Voisiku_vallavalitsus, lk 34
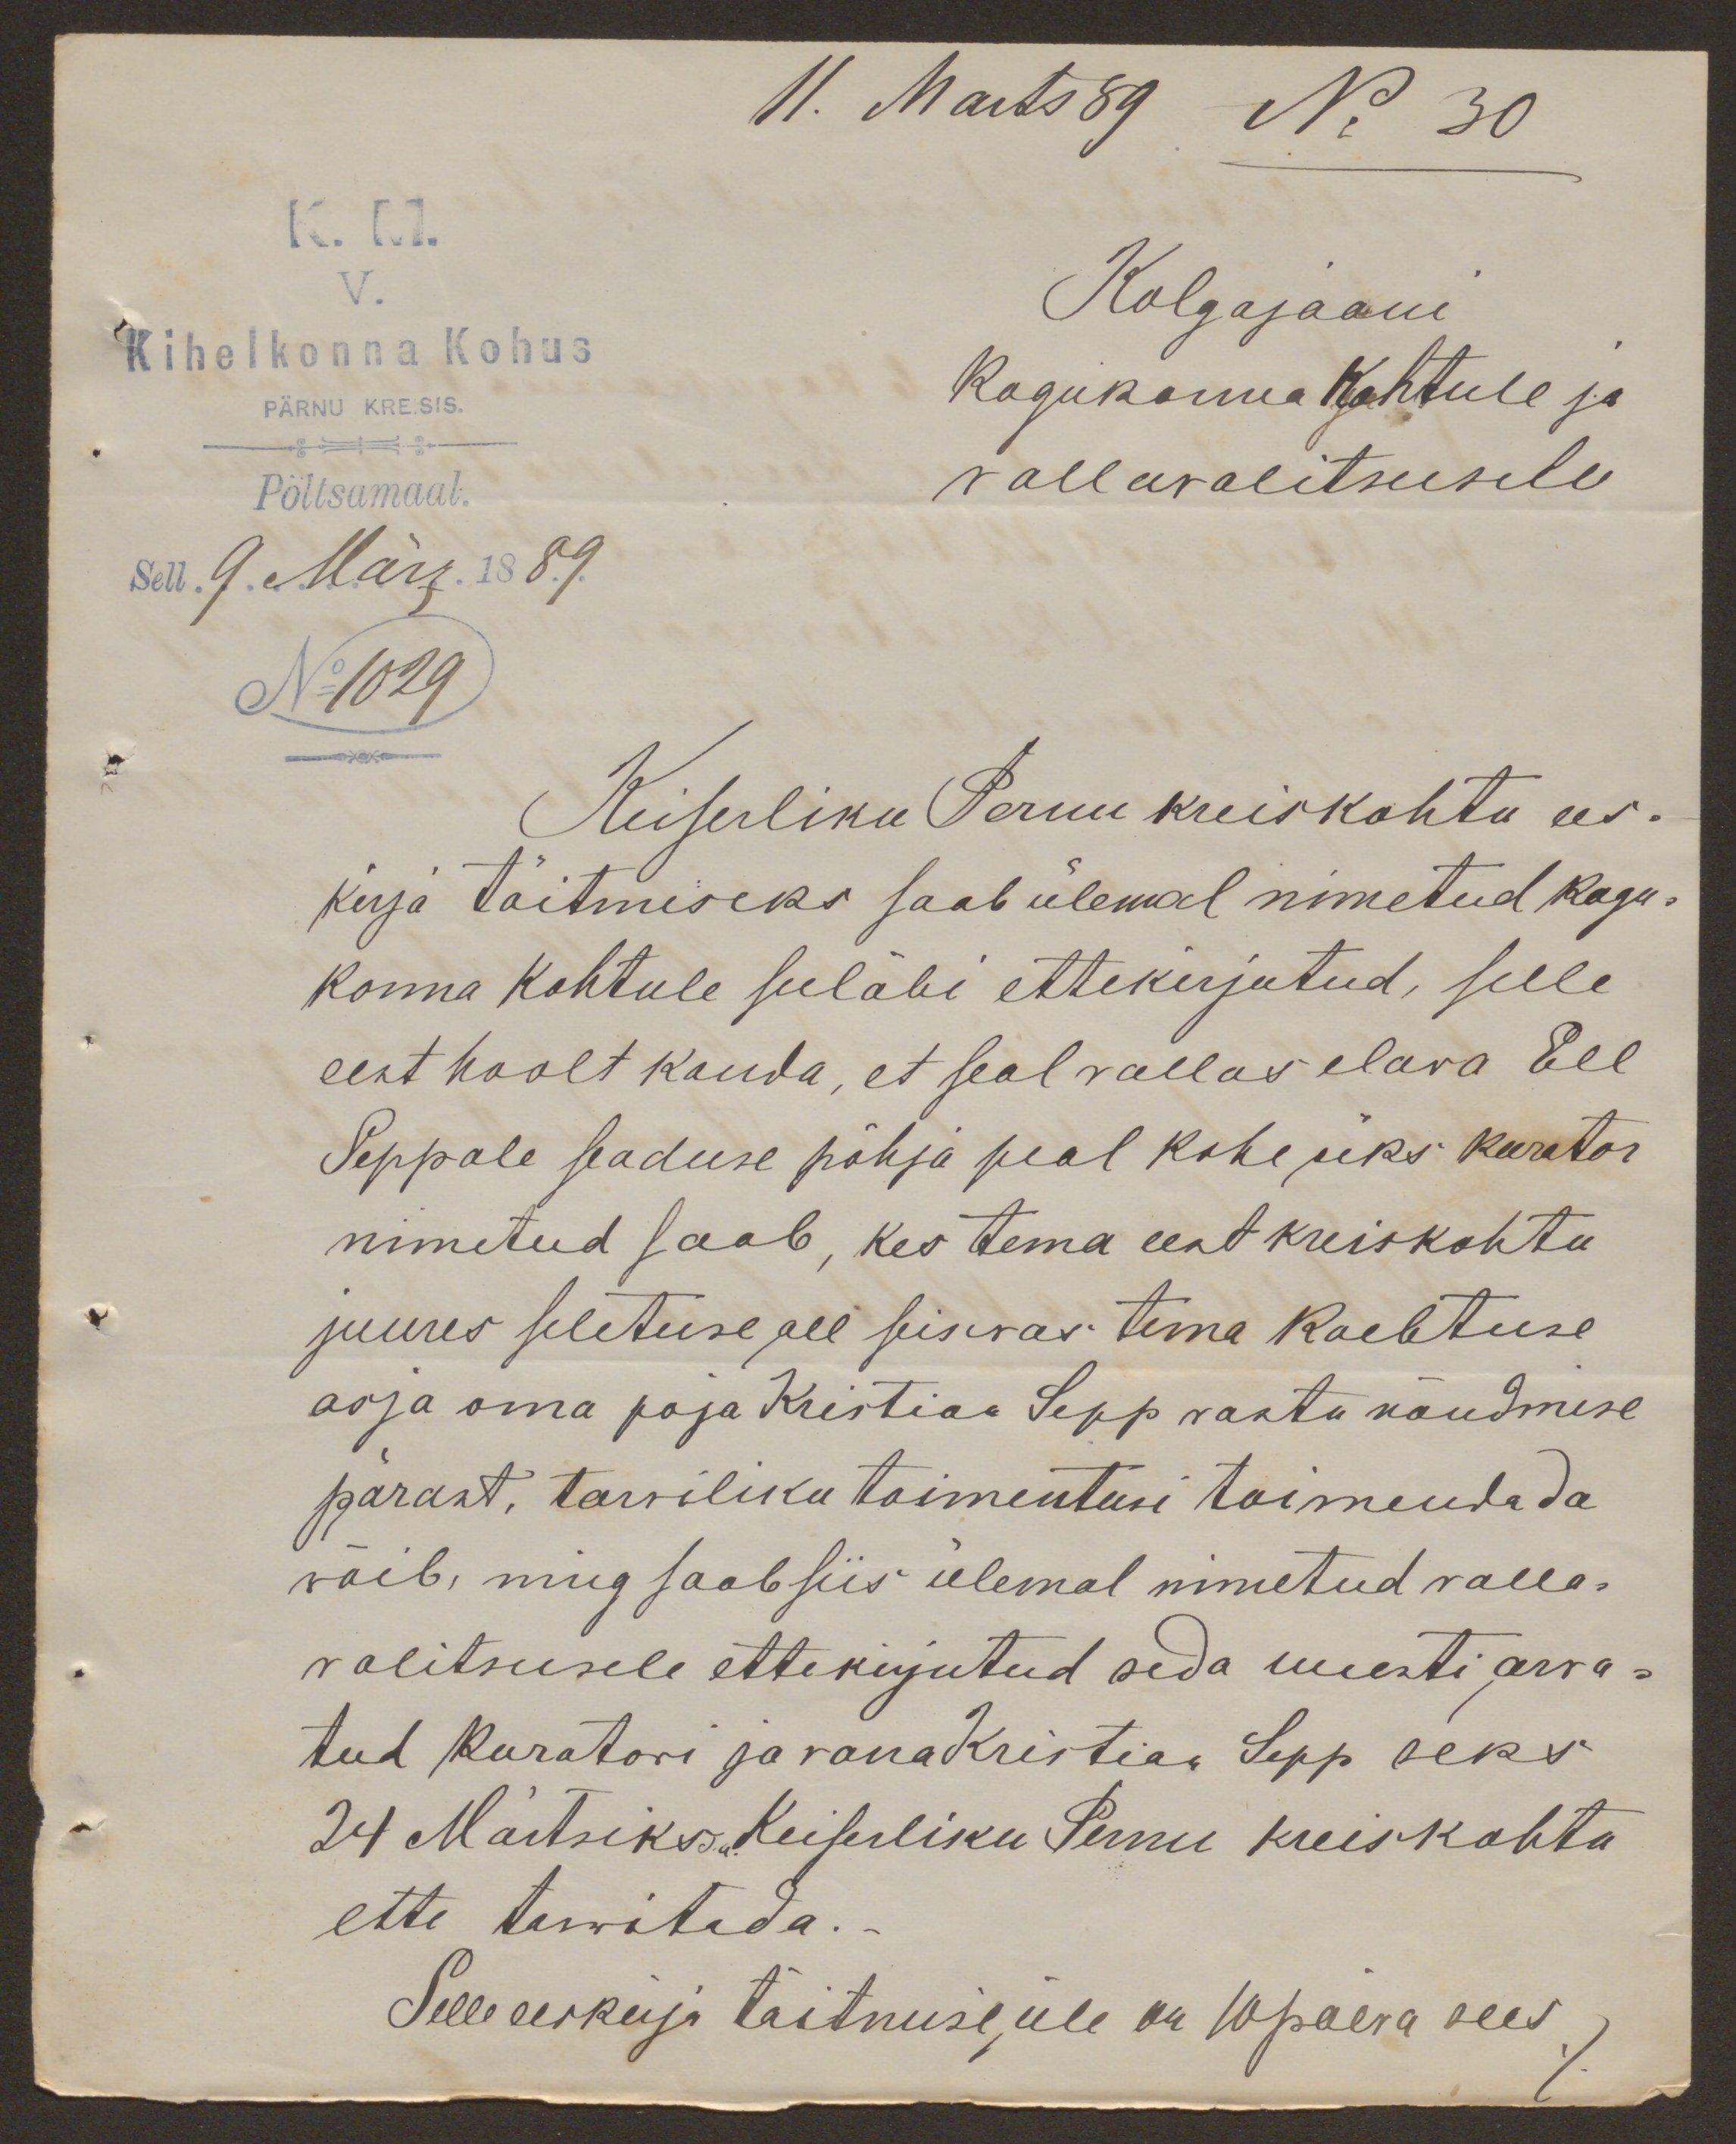
11. Marts 89 No 30
K. M.
V.
Kolgajaani
Kihelkonna Kohus
PÄRNU KREISIS
kogukonna Kohtule ja
Pöltsamaal.
vallavalitsusele
sell 9. März. 1889.
No 1029
Keiserliku Pernu kreiskohtu ees-
kirja täitmiseks saab ülewal nimetud kogu-
konna kohtule seeläbi ettekirjutud, selle
eest hoolt kanda, et seal vallas elava Ell
Seppale seaduse põhja peal kohe üks kurator
nimetud saab, kes tema eest kreiskohtu
juures seletuse all seisvas tema kaebtuse
asja oma poja Kristian Sepp vastu nõudmise
pärast, tarwiliku toimentusi toimendada,
wõib, ning saab siis ülemal nimetud valla-
valitsusele ettekirjutud seda uuesti arru-
tud kuratori ja vana Kristian Sepp seks
24 Märtsiks Keiserliku Pernu kreiskohtu
ette tarwitada.
Selle eeskirja täitmise üle on 10 päeva sees.